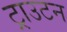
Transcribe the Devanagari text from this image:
ट्राउटन